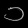
Digit: ၁